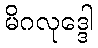
မိဂလုဒ္ဒေါ